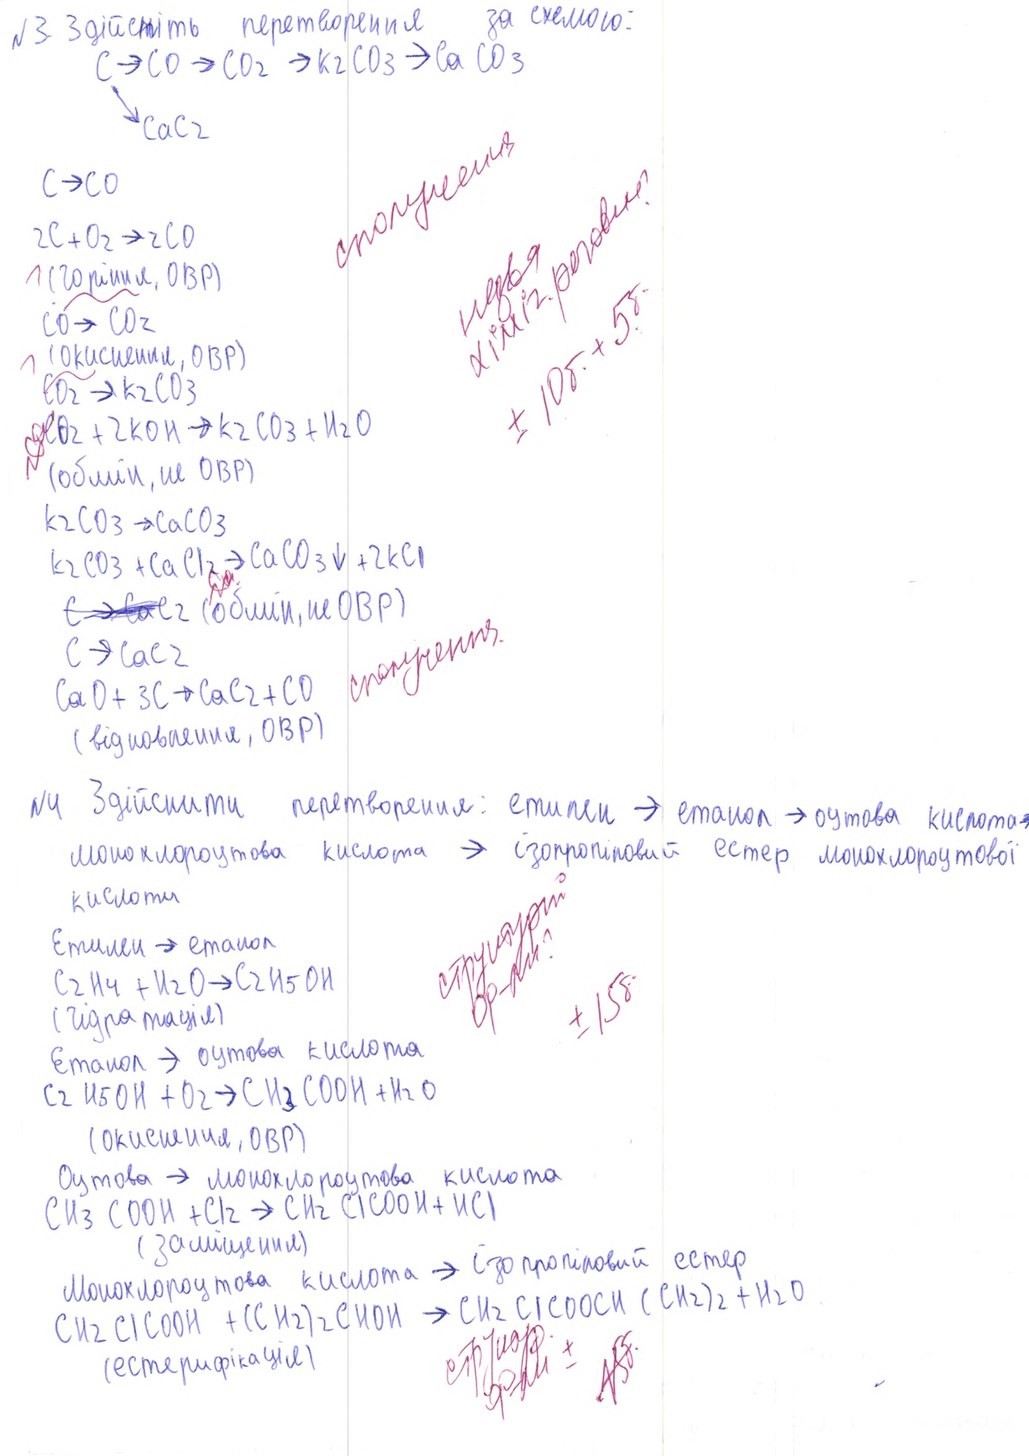
N3 Здійсніть перетворення за схемою:
C → CO → CO2 → K2CO3 → CaCO3
↘
CaCl2
сполучення
C →  СО
назва
хіміч речовин
2C + O2 →  2CO
1 (горіння, ОВР)
± 10б. + 5б
CO →  CO2
(окиснении, ОВР)
CO2 -> K2CO3
CO2 →  2КOН →   К2СО3 + Н2О
20  б
(обмін не ОВР)
K2CO3 →  CaCO3
K2CO3 + CaCl2 →  CaCO3 ↓ + 2KCl
Да
~~C→Ca~~C2 (обмін, не ОВР)
сполучення
С→CaC2
CaO + 3C → CaC2 + CO
( відновлення ОВР )
N4 Здійснити перетворення: етилен → етанол→ оцтова кислота→
монохлороцтова кислота → ізопропіновий естер монохлороцтової
структур
ф- ли ?
кислоти
Етилен → етанол
C2H4 + H2O →  C2H5OH
± 15б
(гідратація)
Етанол →  оцтова кислота
C2 H5 OH + O2 →  CH3 CООН +Н2О
(окисления, ОВР)
Оцтова →  монохлороцтова кислота
СНЗ СООН + Сl2 → CH2 ClCOOH + HCl
(зміцнення)
Монохлороуксова кислота →  ізопропіновий естер
СH2 ClCOOH + (CH2)2 CHOH → CH2 ClCOOCH ( CH2) + H2O
структур.
ф-ли   ±
~~15б~~
(естерифікація)